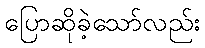
ပြောဆိုခဲ့သော်လည်း